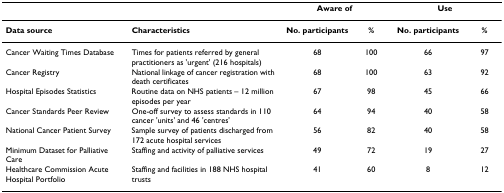
<table><thead><tr><td></td><td></td><td colspan="2"><b>Aware of</b></td><td colspan="2"><b>Use</b></td></tr></thead><tbody><tr><td><b>Data source</b></td><td><b>Characteristics</b></td><td><b>No. participants</b></td><td><b>%</b></td><td><b>No. participants</b></td><td><b>%</b></td></tr><tr><td>Cancer Waiting Times Database</td><td>Times for patients referred by general practitioners as &#x27;urgent&#x27; (216 hospitals)</td><td>68</td><td>100</td><td>66</td><td>97</td></tr><tr><td>Cancer Registry</td><td>National linkage of cancer registration with death certificates</td><td>68</td><td>100</td><td>63</td><td>92</td></tr><tr><td>Hospital Episodes Statistics</td><td>Routine data on NHS patients – 12 million episodes per year</td><td>67</td><td>98</td><td>45</td><td>66</td></tr><tr><td>Cancer Standards Peer Review</td><td>One-off survey to assess standards in 110 cancer &#x27;units&#x27; and 46 &#x27;centres&#x27;</td><td>64</td><td>94</td><td>40</td><td>58</td></tr><tr><td>National Cancer Patient Survey</td><td>Sample survey of patients discharged from 172 acute hospital services</td><td>56</td><td>82</td><td>40</td><td>58</td></tr><tr><td>Minimum Dataset for Palliative Care</td><td>Staffing and activity of palliative services</td><td>49</td><td>72</td><td>19</td><td>27</td></tr><tr><td>Healthcare Commission Acute Hospital Portfolio</td><td>Staffing and facilities in 188 NHS hospital trusts</td><td>41</td><td>60</td><td>8</td><td>12</td></tr></tbody></table>